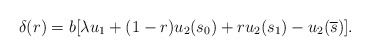
\begin{align*}\delta(r) = b[\lambda u_1 + (1-r) u_2(s_0) + ru_2(s_1) - u_2(\overline{s})].\end{align*}